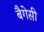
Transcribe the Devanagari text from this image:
बैगेसी